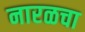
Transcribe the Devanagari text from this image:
नारळचा